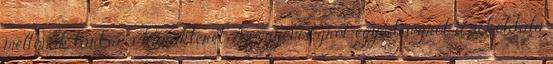
méltónak tartsa a karakterét. Az egyéniségről, egyediségről, a sokoldalú